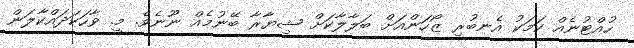
ހުއްޓުނެއް ކަމަކު އެނބުރި ޒޯހަންއަށް ބަލާލާކަށް ޝިޔާރާ ބޭނުމެއް ނޫނެވެ. މީ. ވާހަކަދައްކާލަން